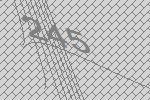
245